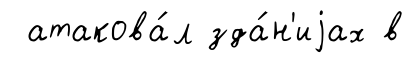
атакова́л зда́н'иjах в